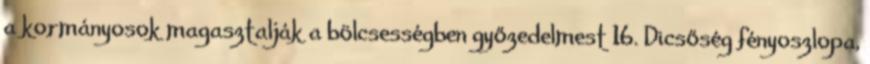
a kormányosok magasztalják a bölcsességben győzedelmest 16. Dicsőség fényoszlopa,